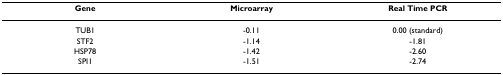
<table><thead><tr><td><b>Gene</b></td><td><b>Microarray</b></td><td><b>Real Time PCR</b></td></tr></thead><tbody><tr><td>TUB1</td><td>-0.11</td><td>0.00 (standard)</td></tr><tr><td>STF2</td><td>-1.14</td><td>-1.81</td></tr><tr><td>HSP78</td><td>-1.42</td><td>-2.60</td></tr><tr><td>SPI1</td><td>-1.51</td><td>-2.74</td></tr></tbody></table>